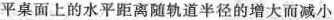
平桌面上的水平距离随轨道半径的增大而减小